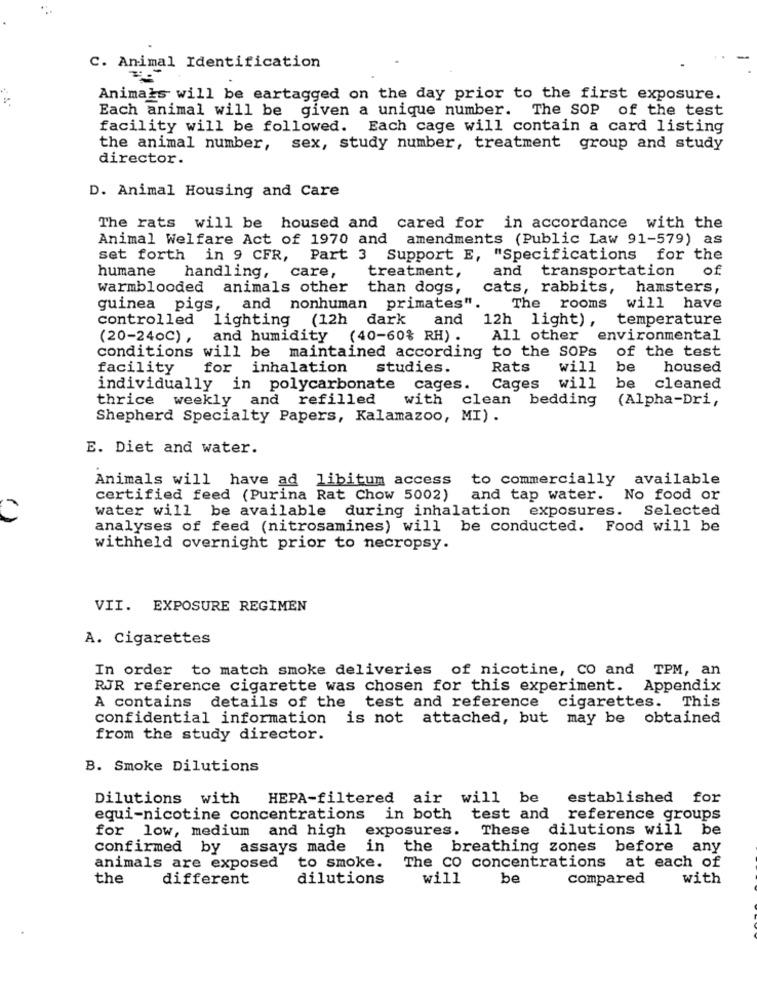
C. Animal Identification
Animals will be eartagged on the day prior to the first exposure.
Each animal will be given a unique number. The SOP of the test
facility will be followed. Each cage will contain a card listing
the animal number, sex, study number, treatment group and study
director.
D. Animal Housing and Care
The rats will be housed and cared for in accordance with the
Animal Welfare Act of 1970 and amendments (Public Law 91-579) as
set forth
in 9 CFR,
Part 3
Support E, "Specifications for the
humane
treatment,
and transportation
of
handling, care,
warmblooded animals other
than dogs,
cats, rabbits,
hamsters,
guinea pigs, and nonhuman
primates".
The rooms
will have
controlled
lighting (12h
dark
and
12h light) ,
temperature
(20-240℃) ,
and humidity (40-60% RH) .
All other environmental
conditions will be maintained according to the SOPs
of the test
facility
for inhalation
studies.
Rats
will
be
housed
be
individually in polycarbonate cages.
Cages
will
cleaned
thrice weekly and refilled
with
clean bedding
(Alpha-Dri,
Shepherd Specialty Papers, Kalamazoo, MI) .
E. Diet and water.
Animals will have ad libitum access
to commercially
available
certified feed (Purina Rat Chow 5002)
and tap water.
No food or
water will be available during inhalation exposures. Selected
analyses of feed (nitrosamines) will be conducted. Food will be
withheld overnight prior to necropsy.
VII. EXPOSURE REGIMEN
A. Cigarettes
In order to match smoke deliveries of nicotine, CO and TPM, an
RJR reference cigarette was chosen for this experiment. Appendix
A contains details of the test and reference cigarettes. This
confidential information is not attached, but may be obtained
from the study director.
B. Smoke Dilutions
Dilutions with
HEPA-filtered air will be
established for
equi-nicotine concentrations in both test and reference groups
for low, medium and high
exposures. These dilutions will be
confirmed by assays made in
the breathing zones before any
animals are exposed
to smoke.
The CO concentrations at each of
the
different
dilutions
will
be
Compared
with